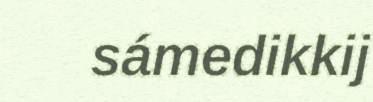
sámedikkij